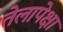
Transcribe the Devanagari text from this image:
तेलापेक्षा